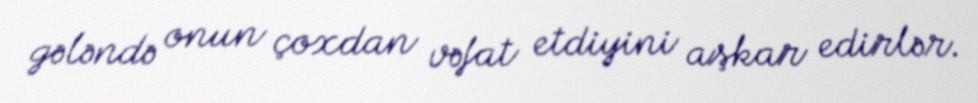
gələndə onun çoxdan vəfat etdiyini aşkar edirlər.